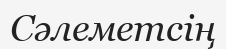
Сәлеметсің